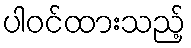
ပါဝင်ထားသည့်